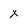
Character: X